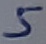
Text: 5